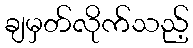
ချမှတ်လိုက်သည့်